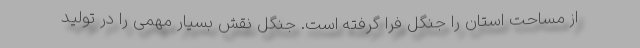
از مساحت استان را جنگل فرا گرفته است. جنگل نقش بسیار مهمی را در تولید